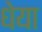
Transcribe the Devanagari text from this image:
धेया